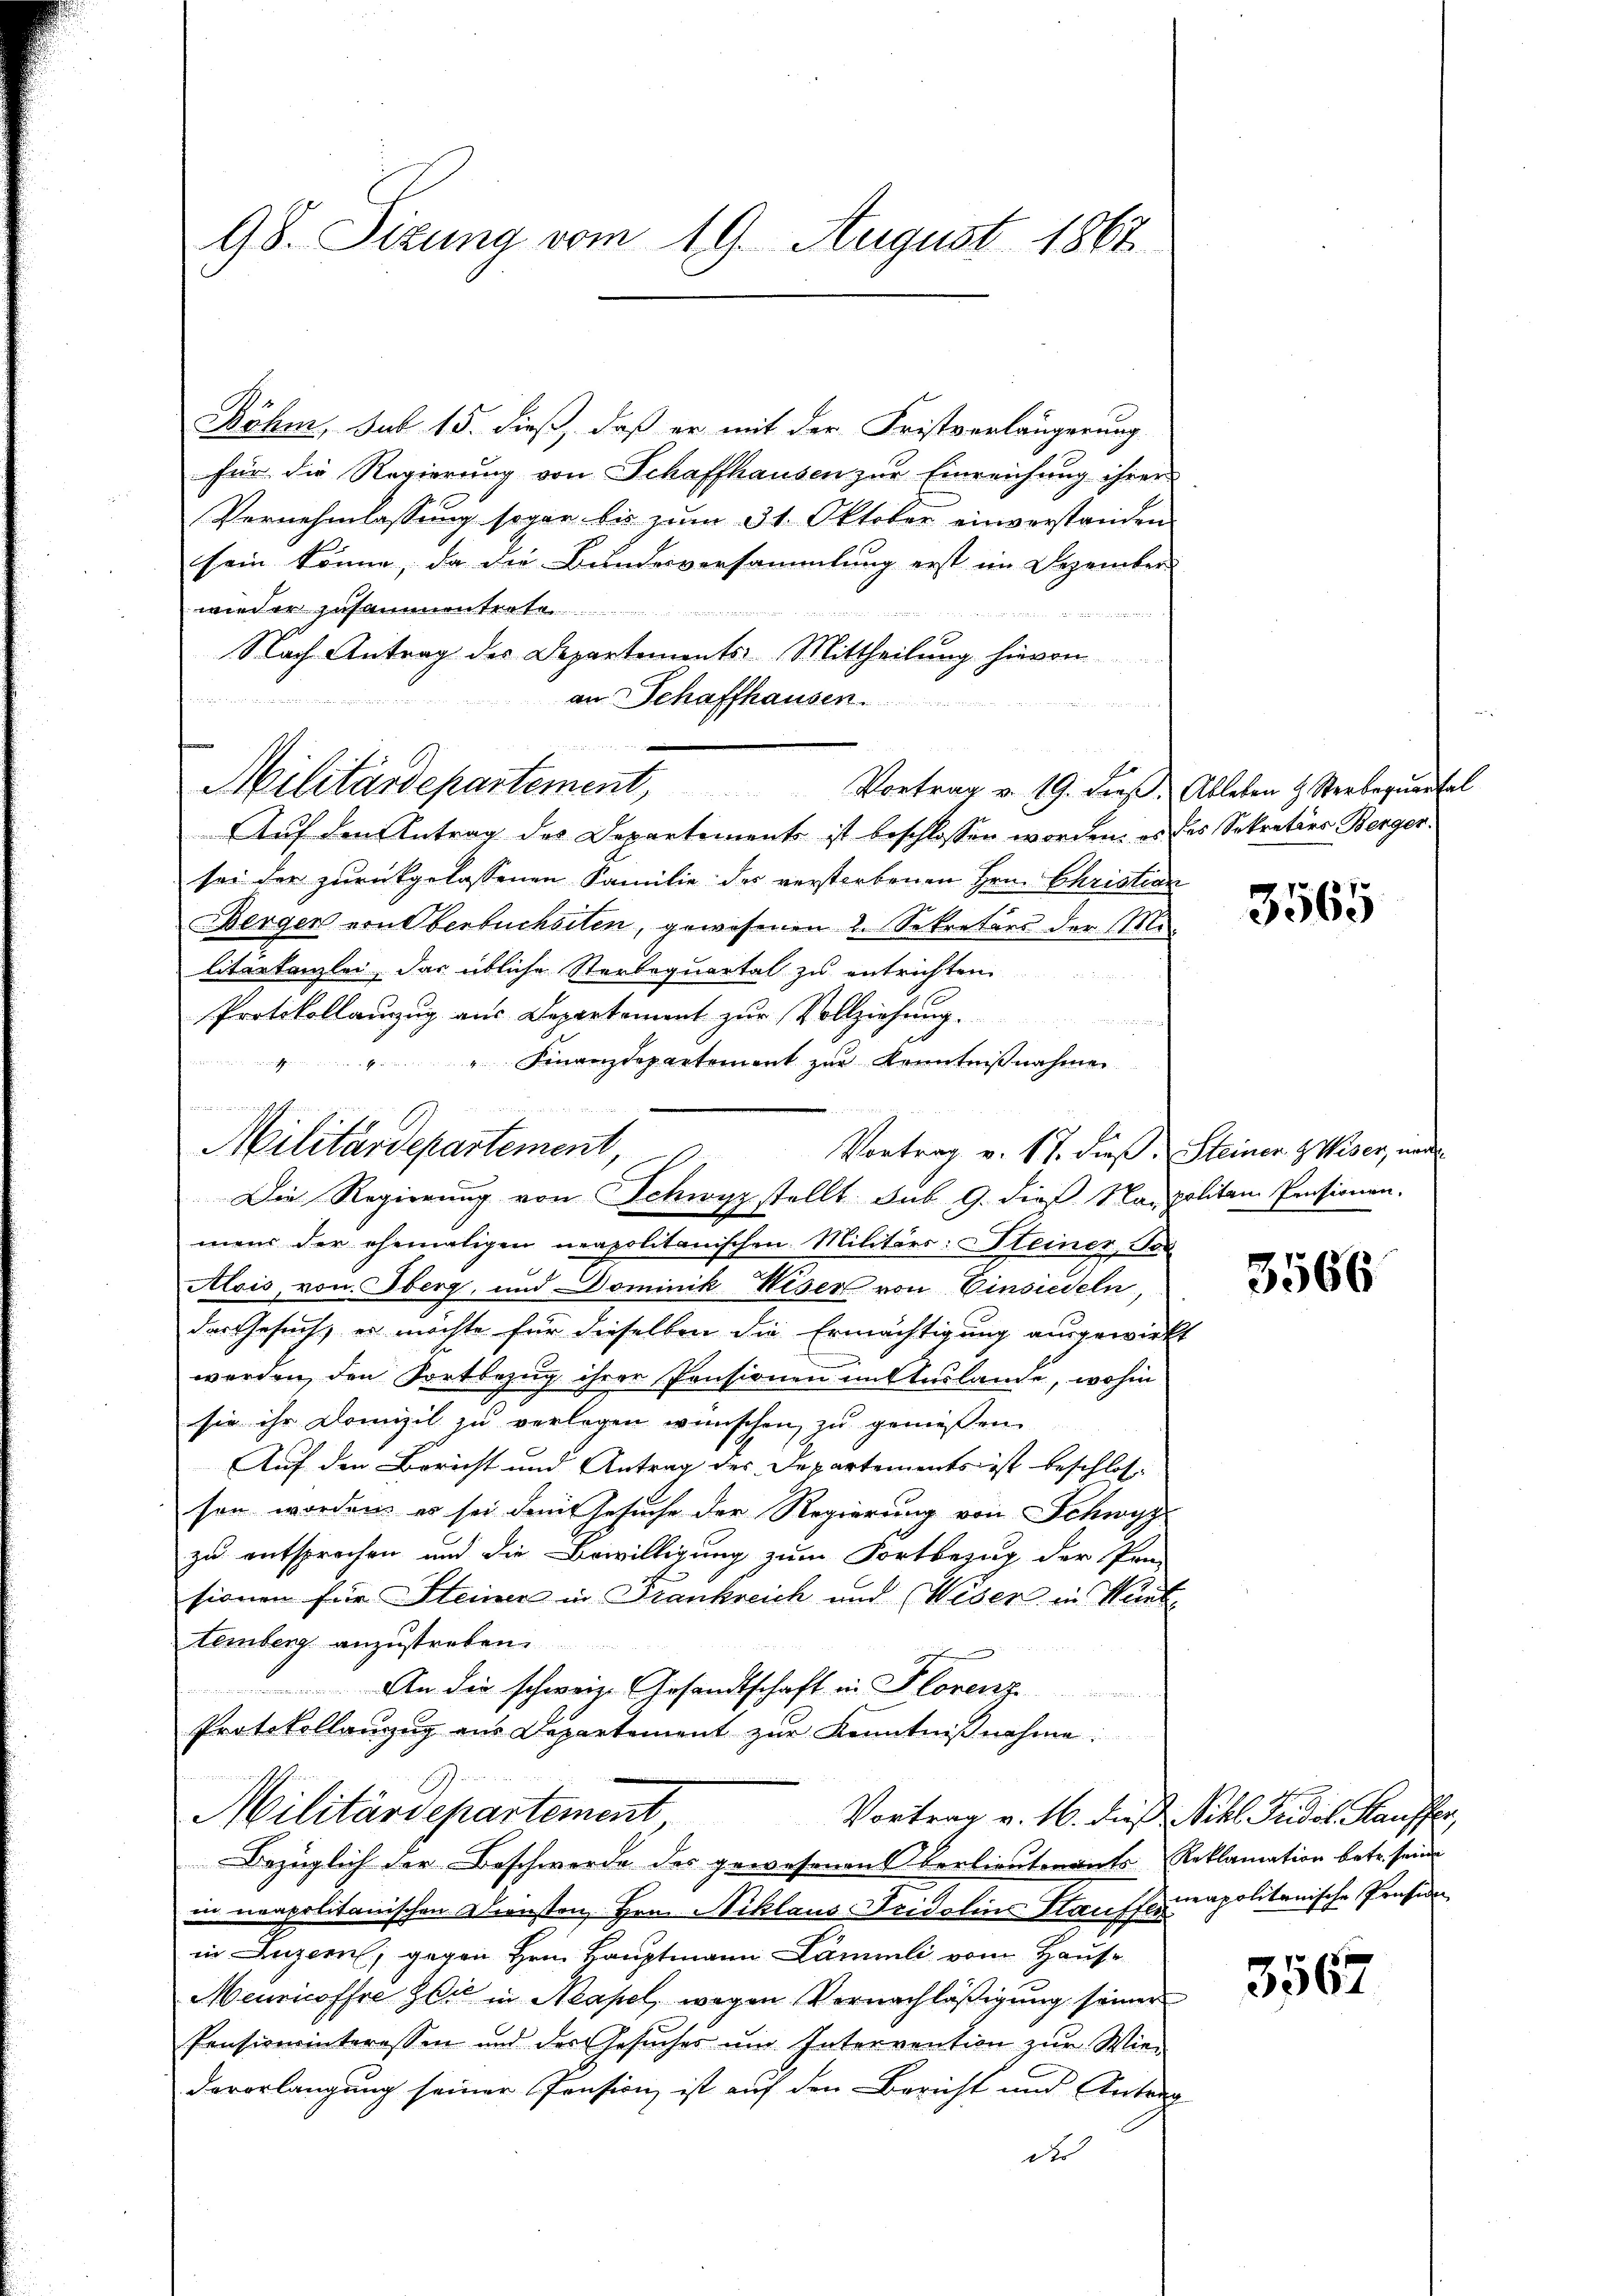
98. Sizung vom 19. August 1867

Böhm, sub 15. dieß, daß er mit der Fristverlängerung
für die Regierung von Schaffhausen zur Einreichung ihrer
Vernehmlassung sogar bis zum 31. Oktober einverstanden
sein könne, da die Bundesversammlung erst im Dezember
wieder zusammentrete
Nach Antrag des Departements Mittheilung hievon
n
an Schaffhausen.
Militärdepartement, Vortrag v. 19. dieβ. Ableben & Sterbeqŭerhal
Auf den Antrag des Departement ist beschlossen worden, es des Sekretärs Bergersei der zurückgelassenen Familie des verstorbenen Hrn. Christian
Wergen von Oberbuchseten, gewesenen 2. Sekretärs der Militertanzlei, das übliche Sterbequartal zu entrichten
Protokollanzug aus Departement zur Vollziehung.
4"Finanzdepartement zur Kenntnißnahmen
J
Vortrag v. 17. dieß. Steiner Wiser, nac
mens der ehemaligen neapolitanischen Militärs: Steiner, Ton
Alois, von Oberg, und Dominik Weser von Einsiedeln,
das Gesuch, es möchte für dieselben die Ermächtigung ausgewirkt
werden, den Fortbezug ihrer Pensionen im Auslande, wohin
sie ihr Domizil zu verlegen wünschen, zu genießen.
Auf den Bericht und Antrag der Departements ist beschlossen worden, es sei damit Gesuche der Regierung von Schwyz
zu entsprochen und die Bewilligung zum Fortbezug der Pro-
sionen für Steiner in Frankreich und (Wiser in Winte
temberg anzustreben
 An die schweize Gesandtschaft in Florenz.
Protokollanzŭg ans Departement zŭr Kenntniβnahme:
Militärdepartement,
Vortrag v. 16. dieß Nikl. Fridol. Kauffer,
Bezüglich der Beschwerde des gewesenen Verlieutenants Reklamation betr. seine
in neapolitanischen Diensten Hrn. Niklaus- Fridolins Kaufscapolitanische Präside
in Luzern, gegen Hrn. Hauptmann Lämmli vom Hause
Meuricoffre die in Neapel, wegen Vernachläßigung seiner
Pensiverinteressen und der Gesŭches um Intervention zŭr Wien
dovorlangung seiner Pension ist auf den Bericht und Antrag
do

s
Militärdepartement,

Die Regierung von Schwyz stellt sub 9. dieß Naupolitain Pensionen.

3565

3566

3567